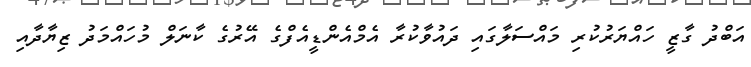
އަބްދު ގާޒީ ހައްޔަރުކުރި މައްސަލާގައި ދައުވާކުރާ އެމްއެންޑީއެފްގެ އޭރުގެ ކާނަލް މުހައްމަދު ޒިޔާދާއި